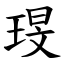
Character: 琝